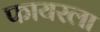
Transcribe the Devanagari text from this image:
फायरला